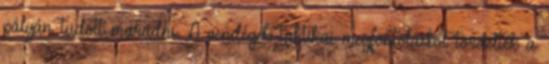
pályán tudott maradni. A vendégek taktikai megfontolásból tördelték a